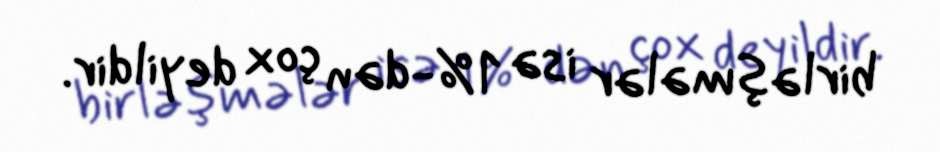
birləşmələr isə 1%-dən çox deyildir.